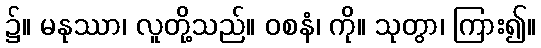
၌။ မနုဿာ၊ လူတို့သည်။ ဝစနံ၊ ကို။ သုတွာ၊ ကြား၍။